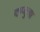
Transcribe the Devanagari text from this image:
षण्मुगा